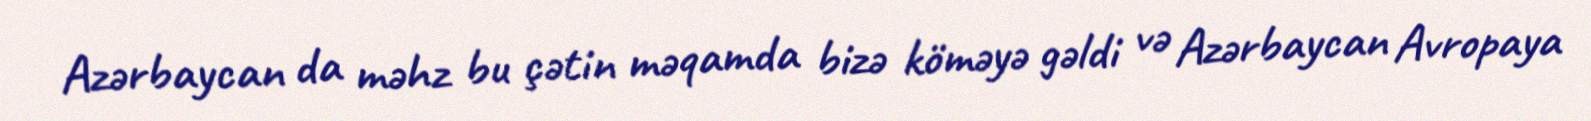
Azərbaycan da məhz bu çətin məqamda bizə köməyə gəldi və Azərbaycan Avropaya